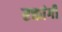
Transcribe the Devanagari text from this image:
रक्तांगी